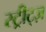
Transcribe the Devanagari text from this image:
स्ट्रीट्ज़